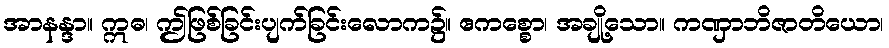
အာနန္ဒာ။ ဣဓ၊ ဤဖြစ်ခြင်းပျက်ခြင်းလောက၌။ ဧကစ္စော၊ အချို့သော။ ကဏှာဘိဇာတိယော၊